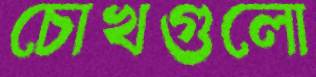
চোখগুলো